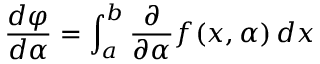
{ \frac { d \varphi } { d \alpha } } = \int _ { a } ^ { b } { \frac { \partial } { \partial \alpha } } f ( x , \alpha ) \, d x